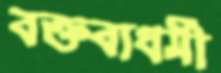
বক্তব্যধর্মী